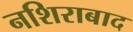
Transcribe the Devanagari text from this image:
नशिराबाद